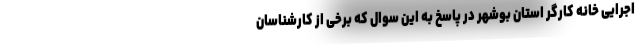
اجرایی خانه کارگر استان بوشهر در پاسخ به این سوال که برخی از کارشناسان